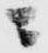
ニ